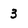
Character: 3